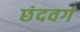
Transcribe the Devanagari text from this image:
छंदवर्ग